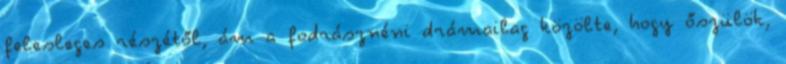
felesleges részétől, ám a fodrásznéni drámailag közölte, hogy őszülök,